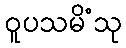
ဝူပသမိံသု